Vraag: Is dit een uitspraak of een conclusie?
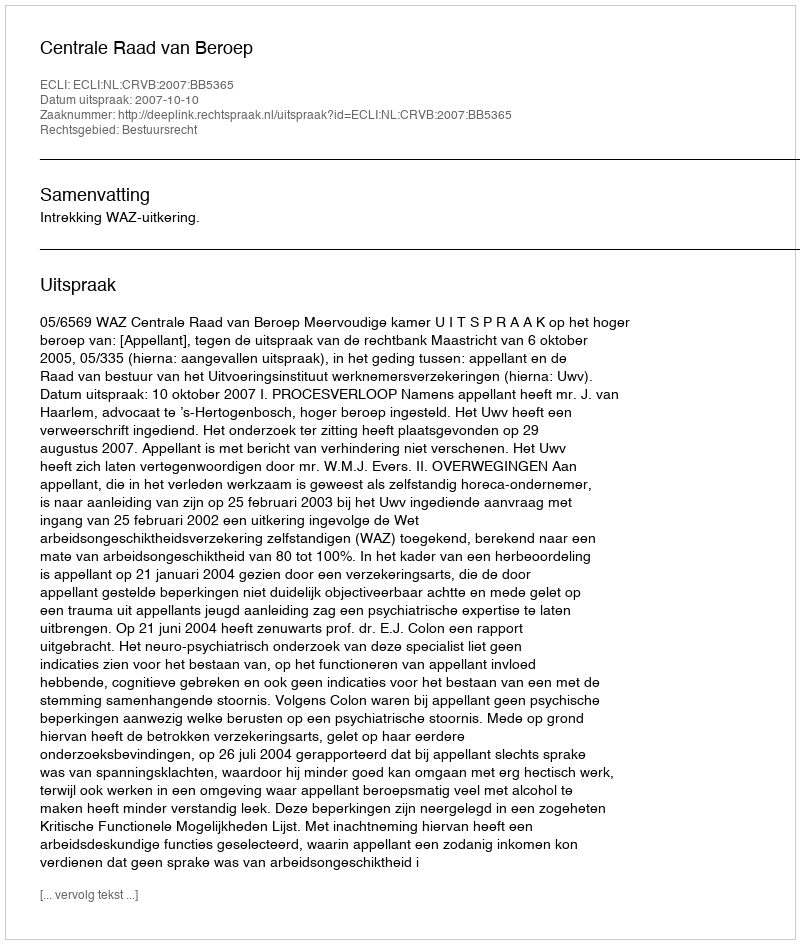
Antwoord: Uitspraak